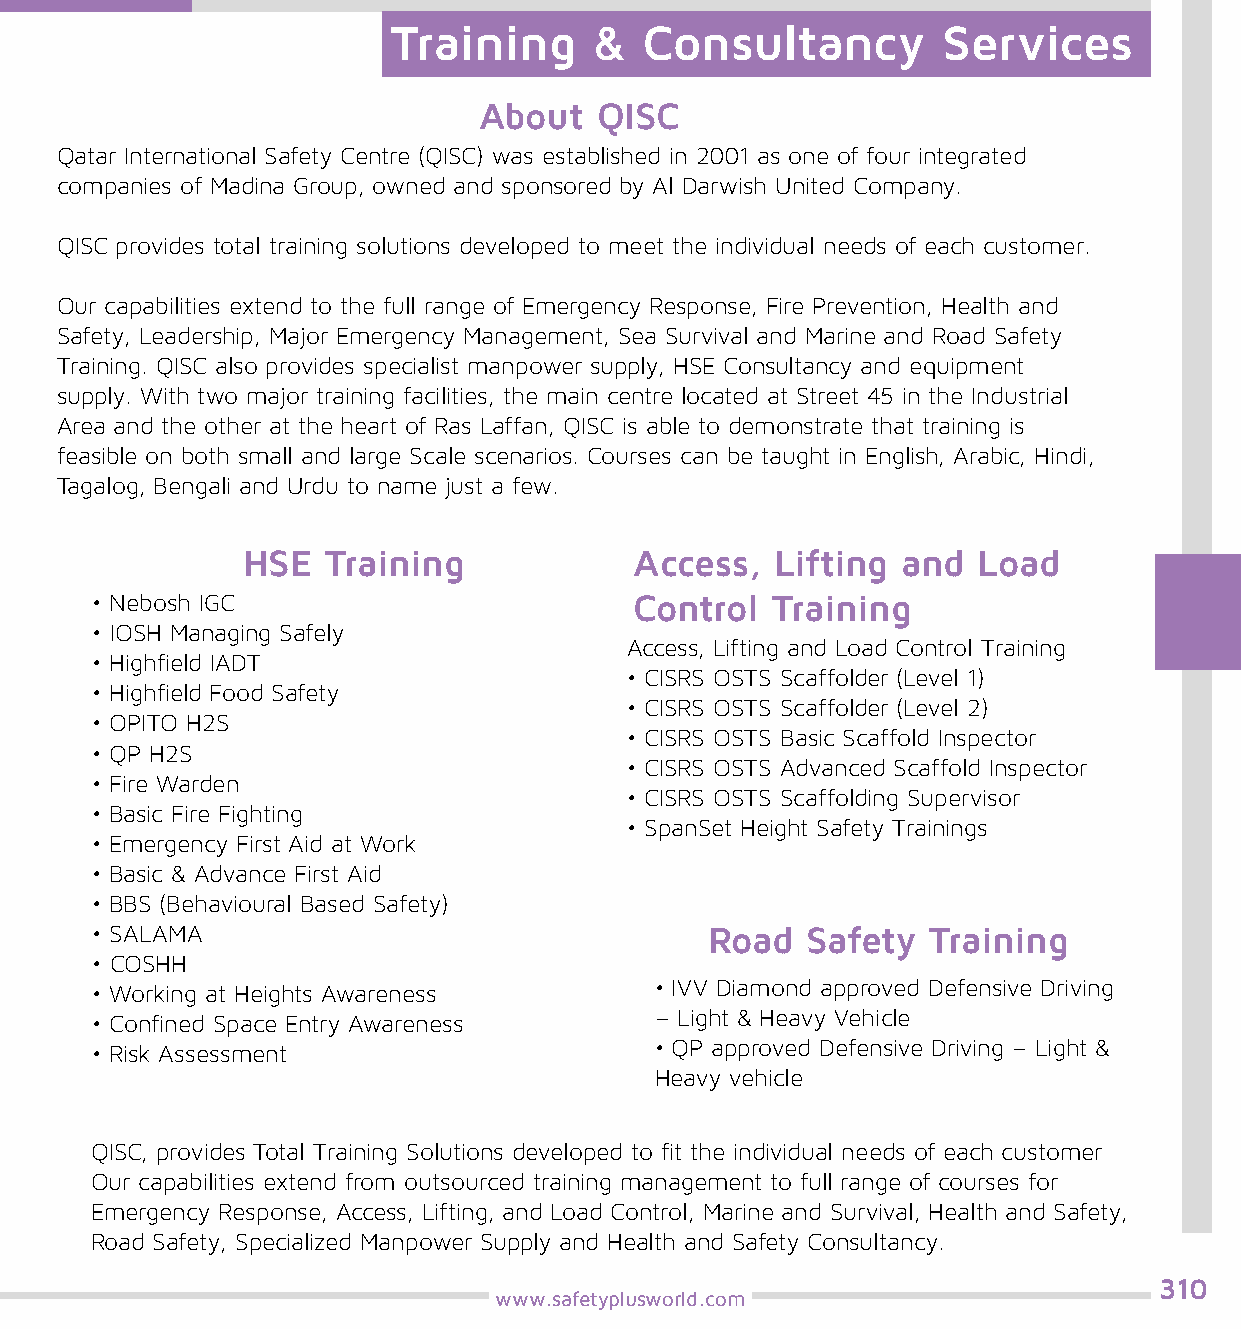
Training     &  Consultancy         Services
 About  QISC
 Qatar International Safety Centre (QISC) was established in 2001 as one of four integrated
 companies of Madina Group, owned and sponsored by Al Darwish United Company.
 QISC provides total training solutions developed to meet the individual needs of each customer.
 Our capabilities extend to the full range of Emergency Response, Fire Prevention, Health and
 Safety, Leadership, Major Emergency Management, Sea Survival and Marine and Road Safety
 Training. QISC also provides specialist manpower supply, HSE Consultancy and equipment
 supply. With two major training facilities, the main centre located at Street 45 in the Industrial
 Area and the other at the heart of Ras Laffan, QISC is able to demonstrate that training is
 feasible on both small and large Scale scenarios. Courses can be taught in English, Arabic, Hindi,
 Tagalog, Bengali and Urdu to name just a few.
 HSE  Training             Access,  Lifting  and  Load
 • Nebosh IGC                        Control  Training
 • IOSH Managing Safely
 Access, Lifting and Load Control Training
 • Highfield IADT
 • CISRS OSTS Scaffolder (Level 1)
 • Highfield Food Safety
 • CISRS OSTS Scaffolder (Level 2)
 • OPITO H2S
 • CISRS OSTS Basic Scaffold Inspector
 • QP H2S
 • CISRS OSTS Advanced Scaffold Inspector
 • Fire Warden
 • CISRS OSTS Scaffolding Supervisor
 • Basic Fire Fighting
 • SpanSet Height Safety Trainings
 • Emergency First Aid at Work
 • Basic & Advance First Aid
 • BBS (Behavioural Based Safety)
 • SALAMA                                 Road  Safety  Training
 • COSHH
 • Working at Heights Awareness       • IVV Diamond approved Defensive Driving
 • Confined Space Entry Awareness     – Light & Heavy Vehicle
 • Risk Assessment                    • QP approved Defensive Driving – Light &
 Heavy vehicle
 QISC, provides Total Training Solutions developed to fit the individual needs of each customer
 Our capabilities extend from outsourced training management to full range of courses for
 Emergency Response, Access, Lifting, and Load Control, Marine and Survival, Health and Safety,
 Road Safety, Specialized Manpower Supply and Health and Safety Consultancy.
 310
 www.safetyplusworld.com